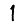
Digit: 1